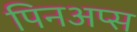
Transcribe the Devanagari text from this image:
पिनअप्स